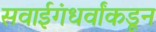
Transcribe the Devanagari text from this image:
सवाईगंधर्वांकडून